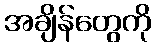
အချိန်တွေကို